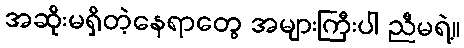
အဆိုးမရှိတဲ့နေရာတွေ အများကြီးပါ ညီမရဲ့။